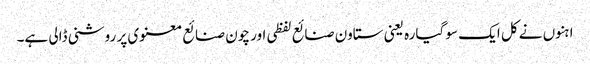
ا ہنوں نے کل ایک سو گیارہ یعنی ستاون صنائع لفظی اور چون صنائع معنوی پر روشنی ڈالی ہے۔